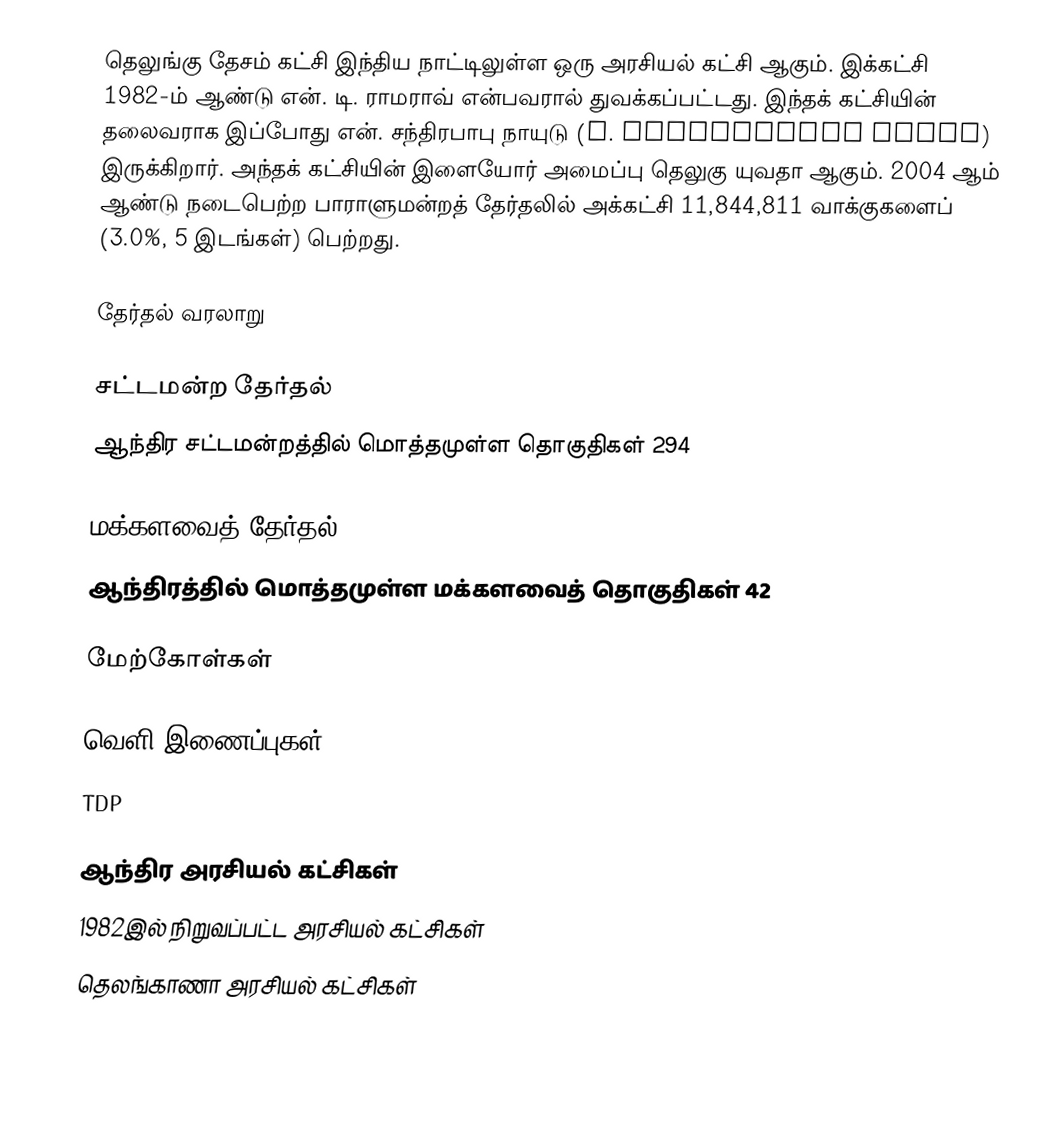
தெலுங்கு தேசம் கட்சி இந்திய நாட்டிலுள்ள ஒரு அரசியல் கட்சி ஆகும். இக்கட்சி 1982-ம் ஆண்டு என். டி. ராமராவ் என்பவரால் துவக்கப்பட்டது. இந்தக் கட்சியின் தலைவராக இப்போது என். சந்திரபாபு நாயுடு (N. Chandrababu Naidu) இருக்கிறார். அந்தக் கட்சியின் இளையோர் அமைப்பு தெலுகு யுவதா ஆகும். 2004 ஆம் ஆண்டு நடைபெற்ற பாராளுமன்றத் தேர்தலில் அக்கட்சி 11,844,811 வாக்குகளைப் (3.0%, 5 இடங்கள்) பெற்றது.

தேர்தல் வரலாறு

சட்டமன்ற தேர்தல்
ஆந்திர சட்டமன்றத்தில் மொத்தமுள்ள தொகுதிகள் 294

மக்களவைத் தேர்தல்
ஆந்திரத்தில் மொத்தமுள்ள மக்களவைத் தொகுதிகள் 42

மேற்கோள்கள்

வெளி இணைப்புகள்
 TDP

ஆந்திர அரசியல் கட்சிகள்
1982இல் நிறுவப்பட்ட அரசியல் கட்சிகள்
தெலங்காணா அரசியல் கட்சிகள்